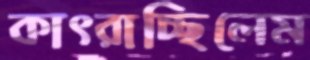
কাৎরাচ্ছিলেম